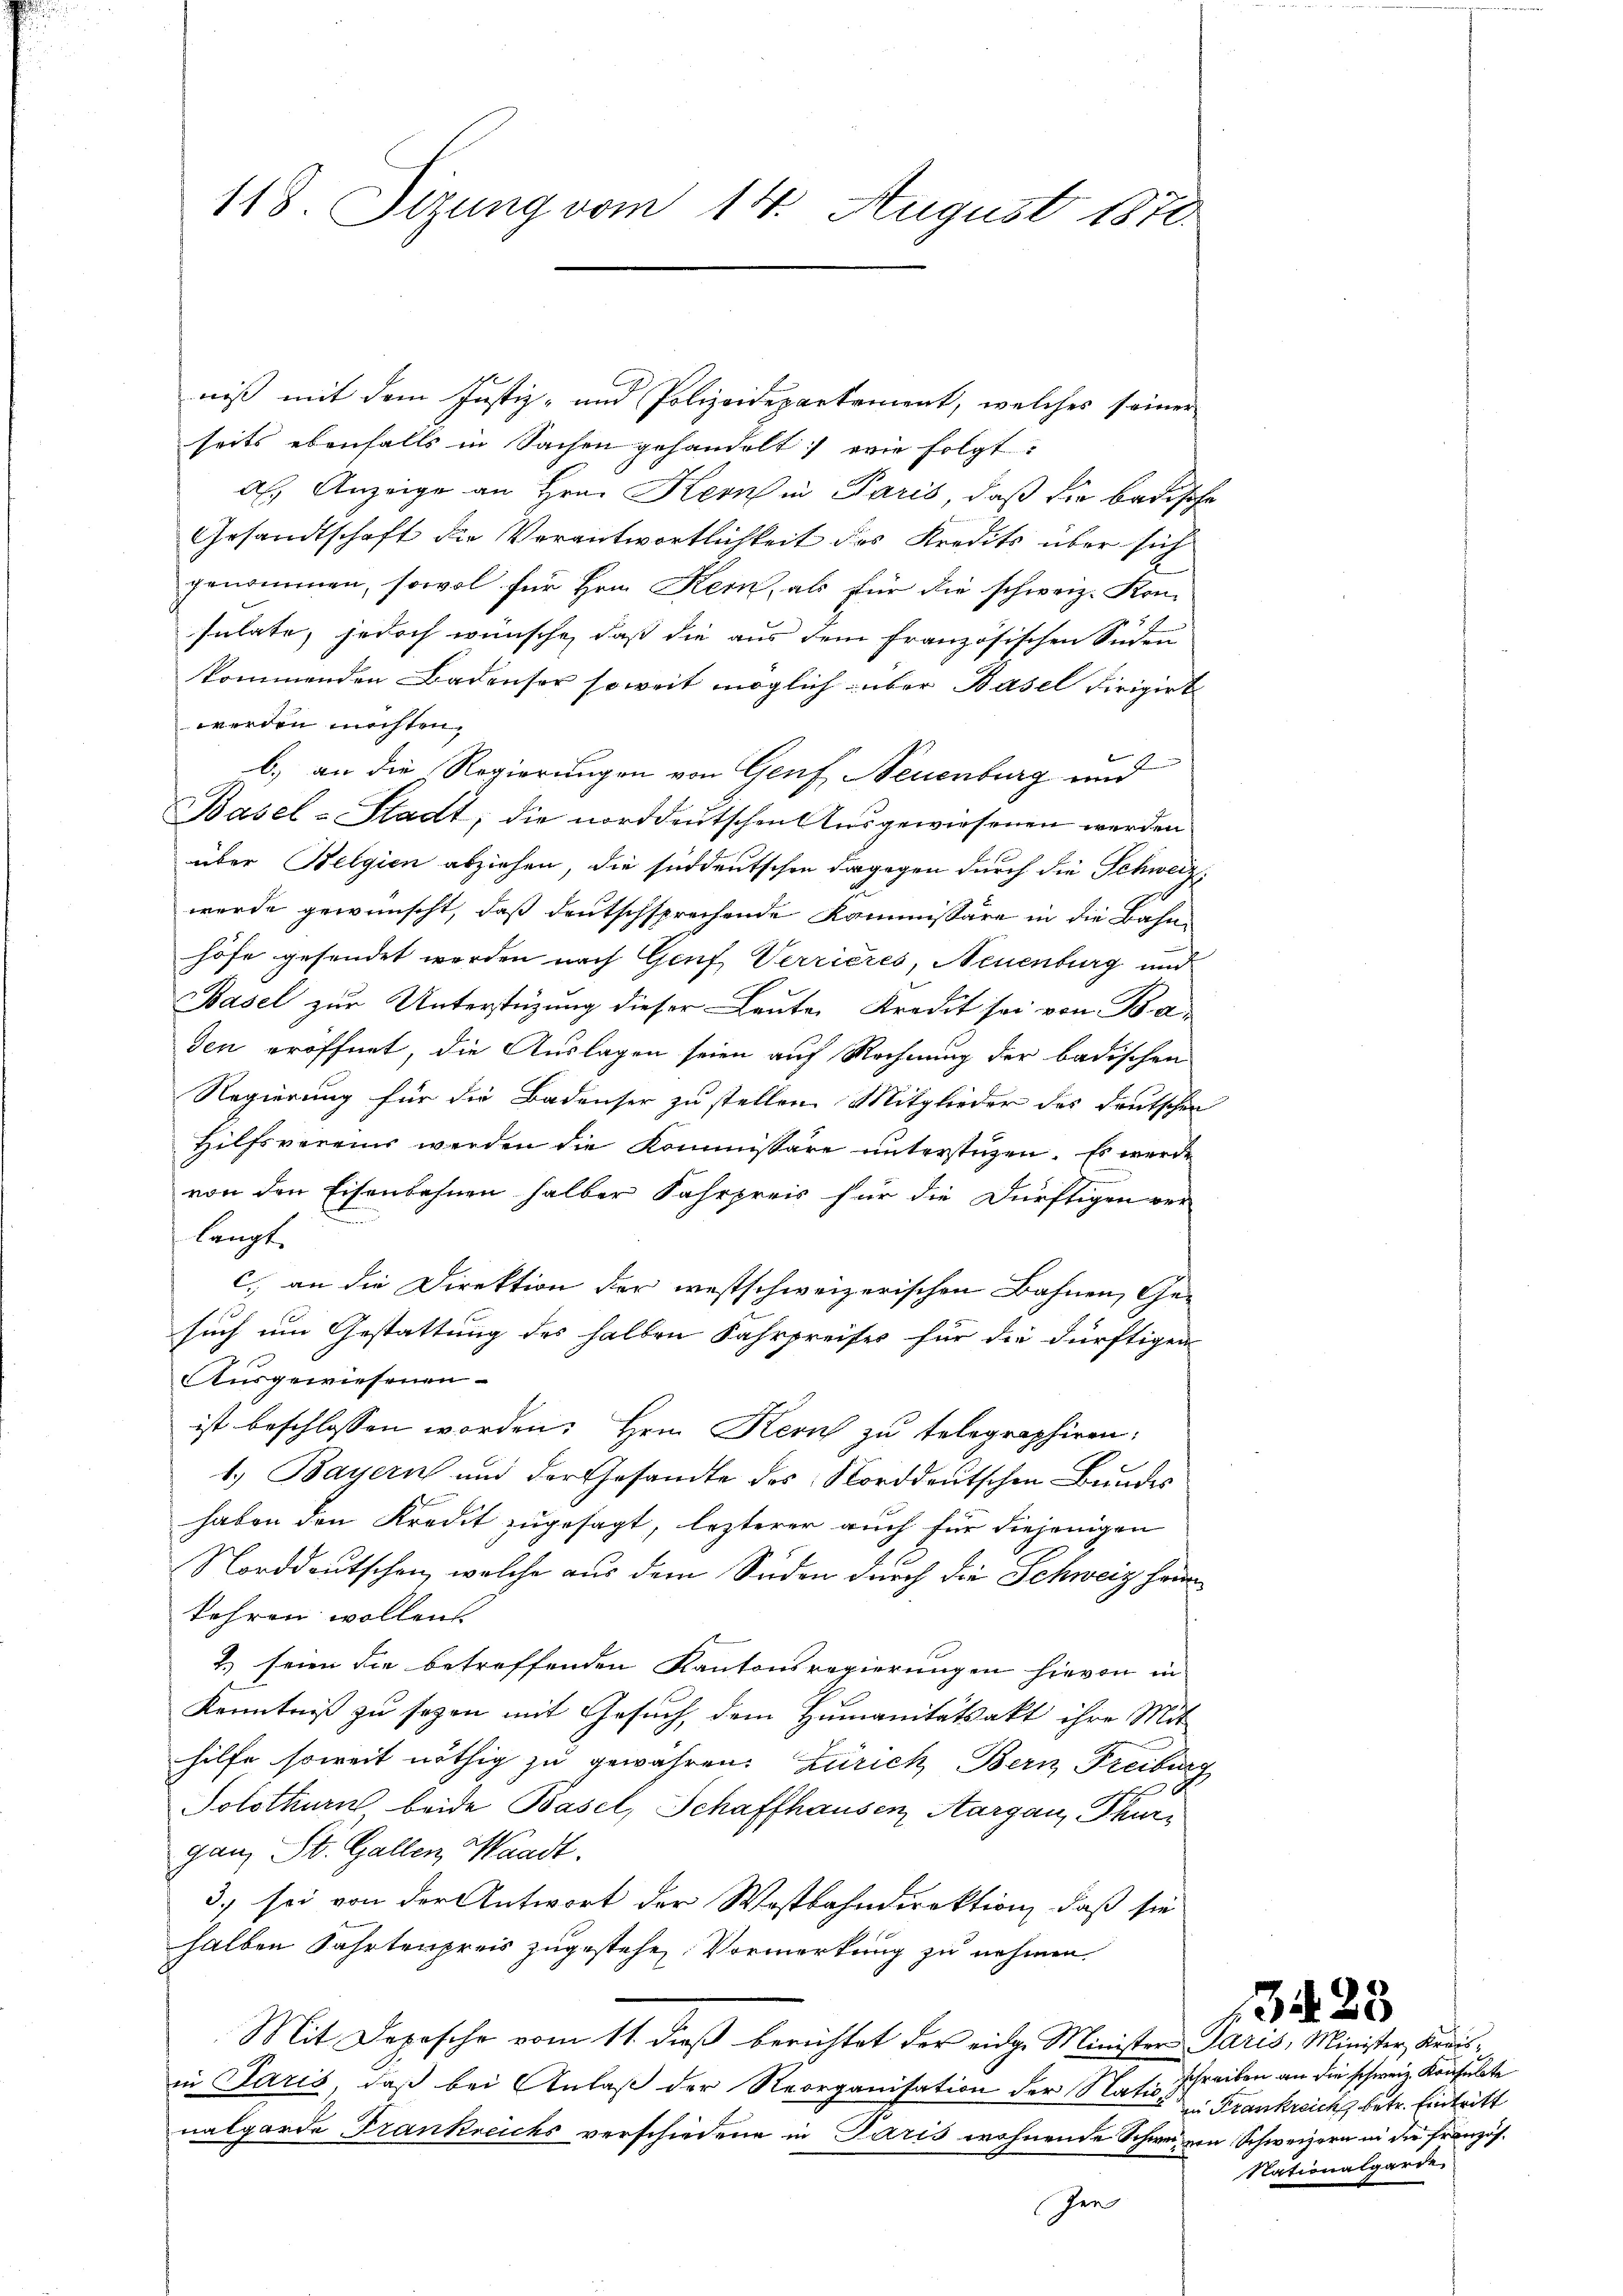
118. Sizung vom 14. August 1870.

niß mit dem Justiz- und Polizeidepartement, welches seiner
seits ebenfalls in Sachen gehandelt: wie folgt:
al Anzeige an Hrn. Kern in Paris, daß die badische
Gesandtschaft die Verantwortlichkeit des Kredits über sich
genommen, sowol für Hrn. Kern, als für die schweiz. Kon-
sulate, jedoch wünsche, daß die aus dem französischen Süden
kommenden Badenser soweit möglich über Basel dirigirt
werden möchten.
., an die Regierungen von Genf, Neuenburg und
Basel-Stadt, die norddeutschen Ausgewiesenen werden
über Belgien abziehen, die süddeutschen dagegen durch die Schweiz
werde gewünscht, daß deutschsprechende Kommissäre in die Bahn
höfe gesendet werden nach Genf, Verrieres, Neuenburg und
Basel zur Unterstüzung dieser Leute Kredit sei von Baden eröffnet, die Auslagen seien auf Rechnung der badischen
Regierung für die Badenser zu stellen. Mitglieder des deutschen
Hilfsvereins werden die Kommissäre unterstüzen. Es werde
von den Eisenbahnen halber Fahrpreis für die Dürftigen ver-
langt.
c. an die Direktion der westschweizerischen Bahnen, Gesuch um Gestattung des halben Fahrpreises für die dürftigen
Ausgewiesenen
ist beschlossen worden. Hrn. Keruch zu telegraphiren,
1.) Bayern und der Gesandte des Norddeutschen Bundes
haben den Kredit zugesagt, lezterer auch für diejenigen
Norddeutschen, welche aus dem Süden durch die Schweiz heim
kehren wollen.
2) seien die betreffenden Kantonsregierungen hievon in
Kenntniß zu seyen mit Gesuch, dem Humanitätsakt ihre Mit
hilfe soweit nöthig zu gewähren: Zürich Bern Freiburg
Solothurn, beide Basel, Schaffhausen, Aargau, Thurganz St. Gallen, Waadt.
3. sei von der Antwort der Wostbahndirektion, daß sie
halben Fahrtenpreis zugestehen Vormerkung zu nehmen.
Mit Depesche vom 11. dieß berichtet der eidg. Minister Paris, Minister, Kreisin Paris, daß bei Anlaß der Reorganisation der Nation
nalgarde Frankreichs verschiedene in Paris wohnende Schweinen Schweizern in die Französ.
en

schreiben an die schweiz. Konsulate
in Frankreichs betr. Eintritt
Nationalgarde,

1425